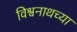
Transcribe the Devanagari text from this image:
विश्वनाथच्या